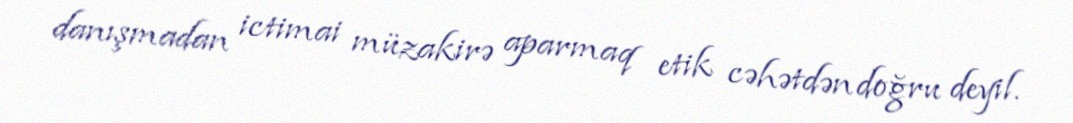
danışmadan ictimai müzakirə aparmaq etik cəhətdən doğru deyil.